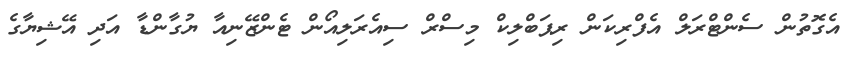
އެގޮތުން ސެންޓްރަލް އެފްރިކަން ރިޕަބްލިކް މިސްރް ސިއެރަލިއޯން ޓެންޒޭނިއާ ޔުގާންޑާ އަދި އޭޝިޔާގެ